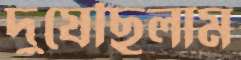
দুষেছিলাম